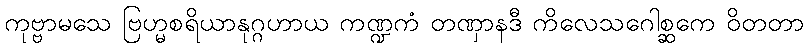
ကုဗ္ဗာမသေ ဗြဟ္မစရိယာနုဂ္ဂဟာယ ကဏ္ဍကံ တဏှာနဒီ ကိလေသဂေါစ္ဆကေ ဝိတတာ